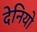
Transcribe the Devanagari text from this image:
देनियो